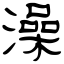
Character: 澡